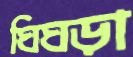
ঘিঘড়া